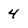
Character: 4